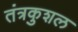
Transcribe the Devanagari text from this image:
तंत्रकुशल